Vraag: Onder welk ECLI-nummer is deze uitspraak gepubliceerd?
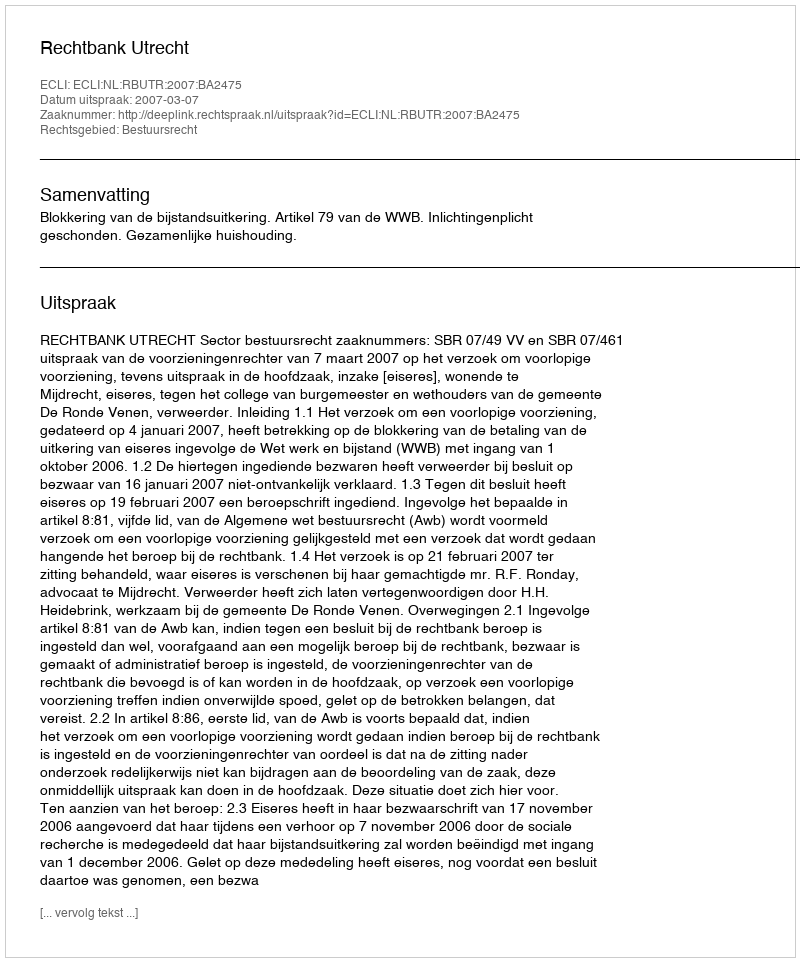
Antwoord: ECLI:NL:RBUTR:2007:BA2475